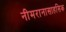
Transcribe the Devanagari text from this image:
नीमरानासाहसिक